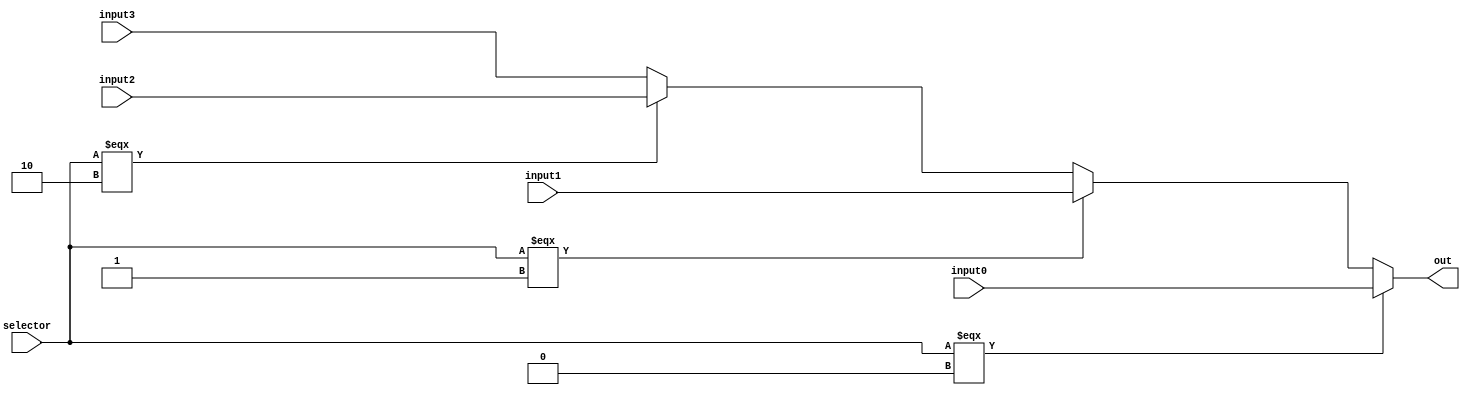
`timescale 1ns / 1ps
//////////////////////////////////////////////////////////////////////////////////
module mux4_1(
	input [31:0]input0,
	input [31:0]input1,
	input [31:0]input2,
	input [31:0]input3,
	input [1:0]selector,
	output [31:0]out
    );
	
	assign out  = selector === 2'b00 ? input0:
						selector === 2'b01 ? input1:
						selector === 2'b10 ? input2:
						input3;
	
	
	
	
endmodule